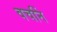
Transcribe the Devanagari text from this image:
वचनिं